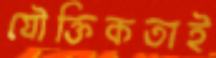
যৌক্তিকতাই